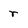
Character: r